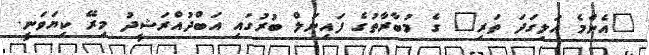
"އެންމެ އަލިގަދަ ތަރި" ގެ މުބާރާތުގެ ފައިނަލް ބުރުގައި އަބްދުއްރަޝީދު މިރޭ ކިޔަވަނީ.